Indian journal of veterinary science and animal husbandry - Volumes 26-27, 1956-1957
Year: 1956
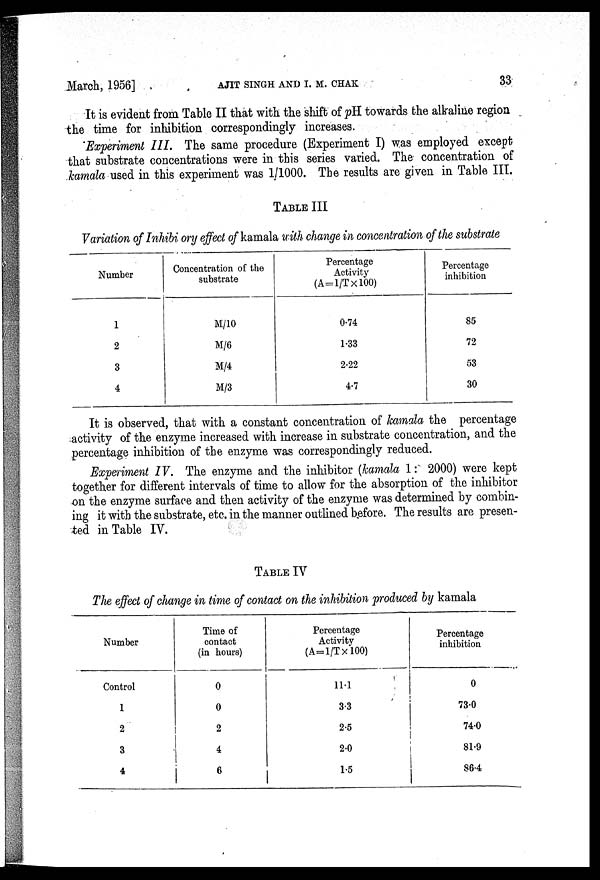
March, 1956]
AJIT
SINGH
AND
I.
M.
CHAK
33
It is evident from Table II that with the shift of pH towards the alkaline region
the time for inhibition correspondingly increases.
Experiment III. The same procedure (Experiment I) was employed except
that substrate concentrations were in this series varied. The concentration of
kamala used in this experiment was 1/1000. The results are given in Table III.
TABLE III
Variation of Inhibi ory effect of kamala with change in concentration of the substrate
Number
1
2
3
4
Concentration of the
substrate
M/10
M/6
M/4
M/3
Percentage
Activity
(A=1/T×100)
0.74
1.33
2.22
4.7
Percentage
inhibition
85
72
53
30
It is observed, that with a constant concentration of kamala the percentage
activity of the enzyme increased with increase in substrate concentration, and the
percentage inhibition of the enzyme was correspondingly reduced.
Experiment IV. The enzyme and the inhibitor (kamala 1 : 2000) were kept
together for different intervals of time to allow for the absorption of the inhibitor
on the enzyme surface and then activity of the enzyme was determined by combin-
ing it with the substrate, etc. in the manner outlined before. The results are presen-
ted in Table IV.
TABLE IV
The effect of change in time of contact on the inhibition produced by kamala
Number
Control
1
2
3
4
Time of
contact
(in hours)
0
0
2
4
6
Percentage
Activity
(A=1/T×100)
11.1
3.3
2.5
2.0
1.5
Percentage
inhibition
0
73.0
74.0
81.9
86.4